Annual administration report of the Civil Veterinary Department of India - 1897-1898
Year: 1897
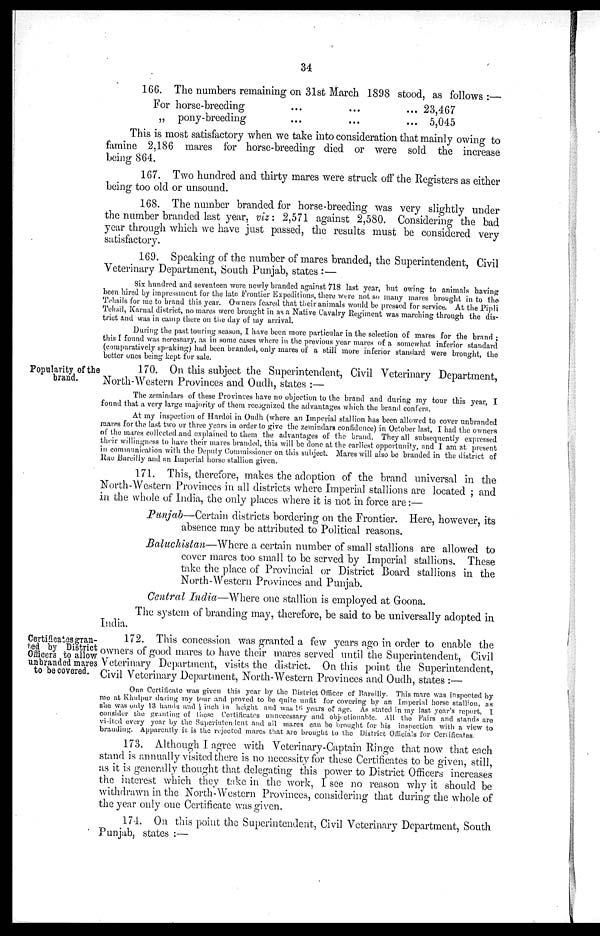
34
166. The numbers remaining on 31st March 1898 stood, as follows:—
For horse-breeding
„ pony-breeding
...
...
...
...
... 23,467
... 5,045
This is most satisfactory when we take into consideration that mainly owing to
famine 2,186 mares for horse-breeding died or were sold the increase
being 864.
167. Two hundred and thirty mares were struck off the Registers as either
being too old or unsound.
168. The number branded for horse-breeding was very slightly under
the number branded last year, viz: 2,571 against 2,580. Considering the bad
year through which we have just passed, the results must be considered very
satisfactory.
169. Speaking of the number of mares branded, the Superintendent, Civil
Veterinary Department, South Punjab, states :—
Six hundred and seventeen were newly branded against 718 last year, but owing to animals having
been hired by impressment for the late Frontier Expeditions, there were not so many mares brought in to the
Tehsils for me to brand this year. Owners feared that their animals would be pressed for service. At the Pipli
Tehsil, Karnal district, no mares were brought in as a Native Cavalry Regiment was marching through the dis-
trict and was in camp there on the day of my arrival.
During the past touring season, I have been more particular in the selection of mares for the brand;
this I found was necessary, as in some cases where in the previous year mares of a somewhat inferior standard
(comparatively speaking) had been branded, only mares of a still more inferior standard were brought, the
better ones being kept for sale.
Popularity of the
brand.
170. On this subject the Superintendent, Civil Veterinary Department,
North-Western Provinces and Oudh, states :—
The zemindars of these Provinces have no objection to the brand and during my tour this year, I
found that a very large majority of them recognized the advantages which the brand confers.
At my inspection of Hardoi in Oudh (where an Imperial stallion has been allowed to cover unbranded
mares for the last two or three years in order to give the zemindars confidence) in October last, I had the owners
of the mares collected and explained to them the advantages of the brand. They all subsequently expressed
their willingness to have their mares branded, this will be done at the earliest opportunity, and I am at present
in communication with the Deputy Commissioner on this subject. Mares will also be branded in the district of
Rae Bareilly and an Imperial horse stallion given.
171. This, therefore, makes the adoption of the brand universal in the
North-Western Provinces in all districts where Imperial stallions are located ; and
in the whole of India, the only places where it is not in force are:—
Punjab—Certain districts bordering on the Frontier. Here, however, its
absence may be attributed to Political reasons.
Baluchistan—Where
a certain number of small stallions are allowed to
cover mares too small to be served by Imperial stallions. These
take the place of Provincial or District Board stallions in the
North-Western Provinces and Punjab.
Central India—Where one stallion is employed at Goona.
The system of branding may, therefore, be said to be universally adopted in
India.
Certificates gran-
ted by District
Officers to allow
unbranded mares
to be covered.
172. This concession was granted a few years ago in order to enable the
owners of good mares to have their mares served until the Superintendent, Civil
Veterinary Department, visits the district. On this point the Superintendent,
Civil Veterinary Department, North-Western Provinces and Oudh, states :—
One Certificate was given this year by the District Officer of Bareilly. This mare was inspected by
me at Khulpur during my tour and proved to be quite unlit for covering by an Imperial horse stallion, as
she was only 13 hands and ½ inch in height and was 16 years of age. As stated in my last year's report, I
consider the granting of these Certificates unnecessary and objectionable. All the Fairs and stands are
vi-ited every year by the Superintendent and all mares can be brought for his inspection with a view to
branding. Apparently it is the rejected mares that are brought to the District Officials for Certificates.
173. Although I agree with Veterinary-Captain Ringe that now that each
stand is annually visited there is no necessity for these Certificates to be given, still,
as it is generally thought that delegating this power to District Officers increases
the interest which they take in the work, I see no reason why it should be
withdrawn in the North-Western Provinces, considering that during the whole of
the year only one Certificate was given.
174. On this point the Superintendent, Civil Veterinary Department, South
Punjab, states :—